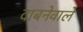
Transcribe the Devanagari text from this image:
दाबनेवाले